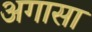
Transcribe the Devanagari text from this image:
अगासा